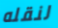
لنقله